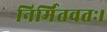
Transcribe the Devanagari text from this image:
निर्मितवतः।